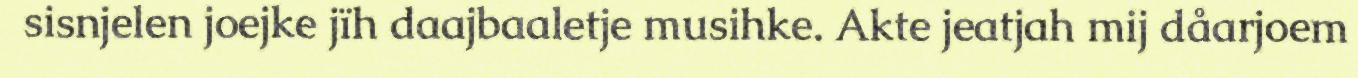
sisnjelen joejke jïh daajbaaletje musihke. Akte jeatjah mij dåarjoem